Report of the veterinary officer investigating camel disease
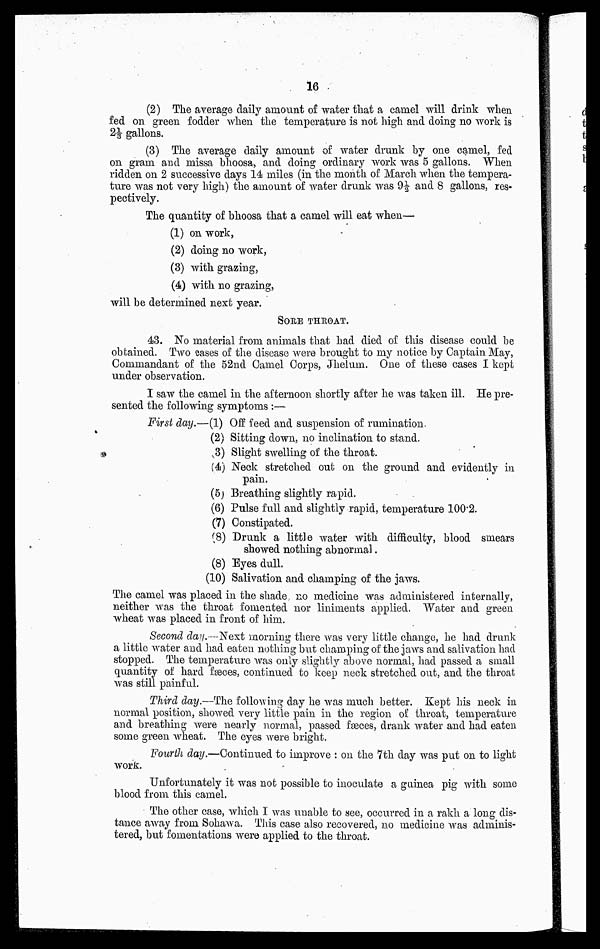
16
(2) The average daily amount of water that a camel will drink when
fed on green fodder when the temperature is not high and doing no work is
2⅓ gallons.
(3) The average daily amount of water drunk by one camel, fed
on gram and missa bhoosa, and doing ordinary work was 5 gallons. When
ridden on 2 successive days 14 miles (in the month of March when the tempera
ture was not very high) the amount of water drunk was 9½ and 8 gallons, res
pectively.
The quantity of bhoosa that a camel will eat when—
(1) on work,
(2) doing no work,
(3) with grazing,
(4) with no grazing,
will be determined next year.
SORE THROAT.
43. No material from animals that had died of this disease could be
obtained. Two eases of the disease were brought to my notice by Captain May,
Commandant of the 52nd Camel Corps, Jhelum. One of these cases I kept
under observation.
I saw the camel in the afternoon shortly after he was taken ill. He pre
sented the following symptoms :—
First day.—(1) Off feed and suspension of rumination.
(2) Sitting down, no inclination to stand.
(3) Slight swelling of the throat.
(4) Neck stretched out on the ground and evidently in
pain.
(5) Breathing slightly rapid.
(6) Pulse full and slightly rapid, temperature 100.2.
(7) Constipated.
(8) Drunk a little water with difficulty, blood smears
showed nothing abnormal.
(8) Eyes dull.
(10) Salivation and champing of the jaws.
The camel was placed in the shade no medicine was administered internally,
neither was the throat fomented nor liniments applied. Water and green
wheat was placed in front of him.
Second day.—Next morning there was very little change, he had drunk
a little water and had eaten nothing but champing of the jaws and salivation had
stopped. The temperature was only slightly above normal, had passed a small
quantity of hard faeces, continued to keep neck stretched out, and the throat
was still painful.
Third day.—The following day he was much better. Kept his neck in
normal position, showed very little pain in the region of throat, temperature
and breathing were nearly normal, passed faeces, drank water and had eaten
some green wheat. The eyes were bright.
Fourth day.—Continued to improve : on the 7th day was put on to light
work.
Unfortunately it was not possible to inoculate a guinea pig with some
blood from this camel.
The other case, which I was unable to see, occurred in a rakh a long dis
tance away from Sohawa. This case also recovered, no medicine was adminis
tered, but fomentations were applied to the throat.